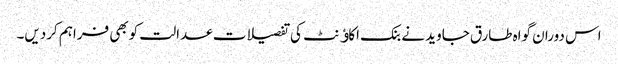
اس دوران گواہ طارق جاوید نے بنک اکاﺅنٹ کی تفصیلات عدالت کوبھی فراہم کردیں۔